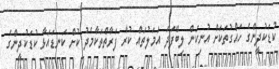
ކުޑަކުދީންގެ ހައްގުތަކަށް އުނިކަން ލިބޭފަދަ އަމަލުތައް ކުރާ ފަރާތްތަކާމެދު ކުށް ކަނޑައަޅާ ކުޑަކުދީންގެ